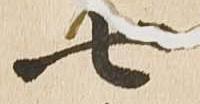
七